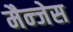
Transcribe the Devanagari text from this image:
मैन्जेस